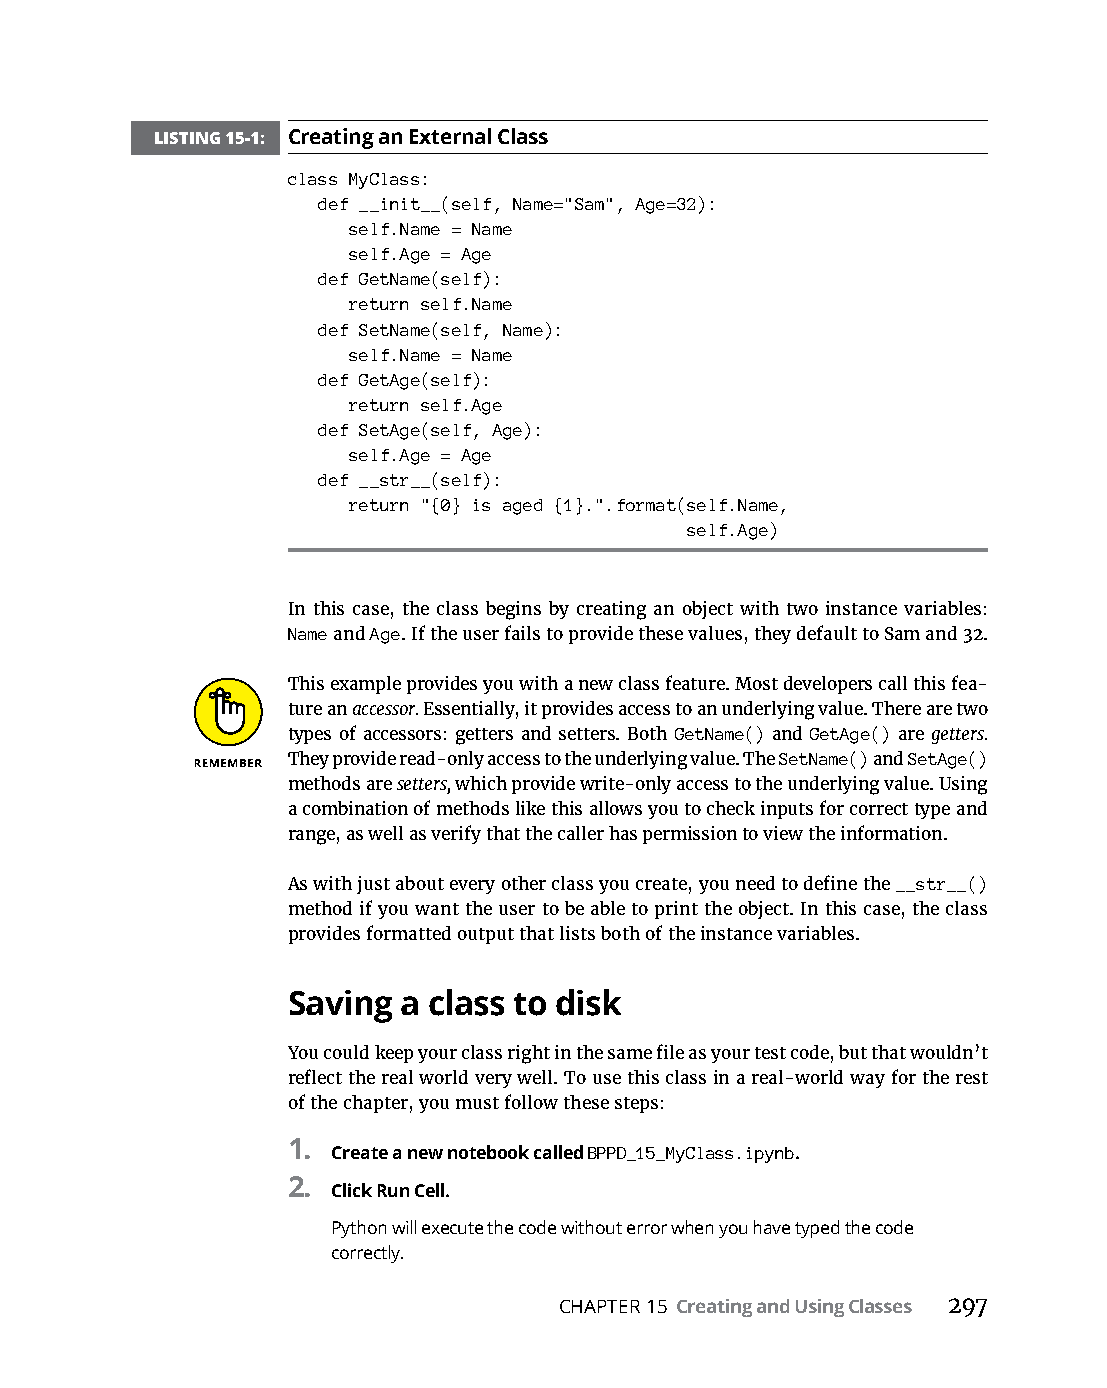
LISTING 15-1: Creating an External Class
 class MyClass:
 def __init__(self, Name="Sam", Age=32):
 self.Name = Name
 self.Age = Age
 def GetName(self):
 return self.Name
 def SetName(self, Name):
 self.Name = Name
 def GetAge(self):
 return self.Age
 def SetAge(self, Age):
 self.Age = Age
 def __str__(self):
 return "{0} is aged {1}.".format(self.Name,
 self.Age)
 In this case, the class begins by creating an object with two instance variables:
 Name and Age. If the user fails to provide these values, they default to Sam and 32.
 This example provides you with a new class feature. Most developers call this fea-
 ture an accessor. Essentially, it provides access to an underlying value. There are two
 types of accessors: getters and setters. Both GetName() and GetAge() are getters.
 They provide read-only access to the underlying value. The SetName() and SetAge()
 methods are setters, which provide write-only access to the underlying value. Using
 a combination of methods like this allows you to check inputs for correct type and
 range, as well as verify that the caller has permission to view the information.
 As with just about every other class you create, you need to define the __str__()
 method if you want the user to be able to print the object. In this case, the class
 provides formatted output that lists both of the instance variables.
 Saving a class to disk
 You could keep your class right in the same file as your test code, but that wouldn’t
 reflect the real world very well. To use this class in a real-world way for the rest
 of the chapter, you must follow these steps:
 1. Create a new notebook called BPPD_15_MyClass.ipynb.
 2.
 Click Run Cell.
 Python will execute the code without error when you have typed the code
 correctly.
 CHAPTER 15 Creating and Using Classes 297